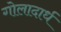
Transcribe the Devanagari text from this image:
गोलादार्ध